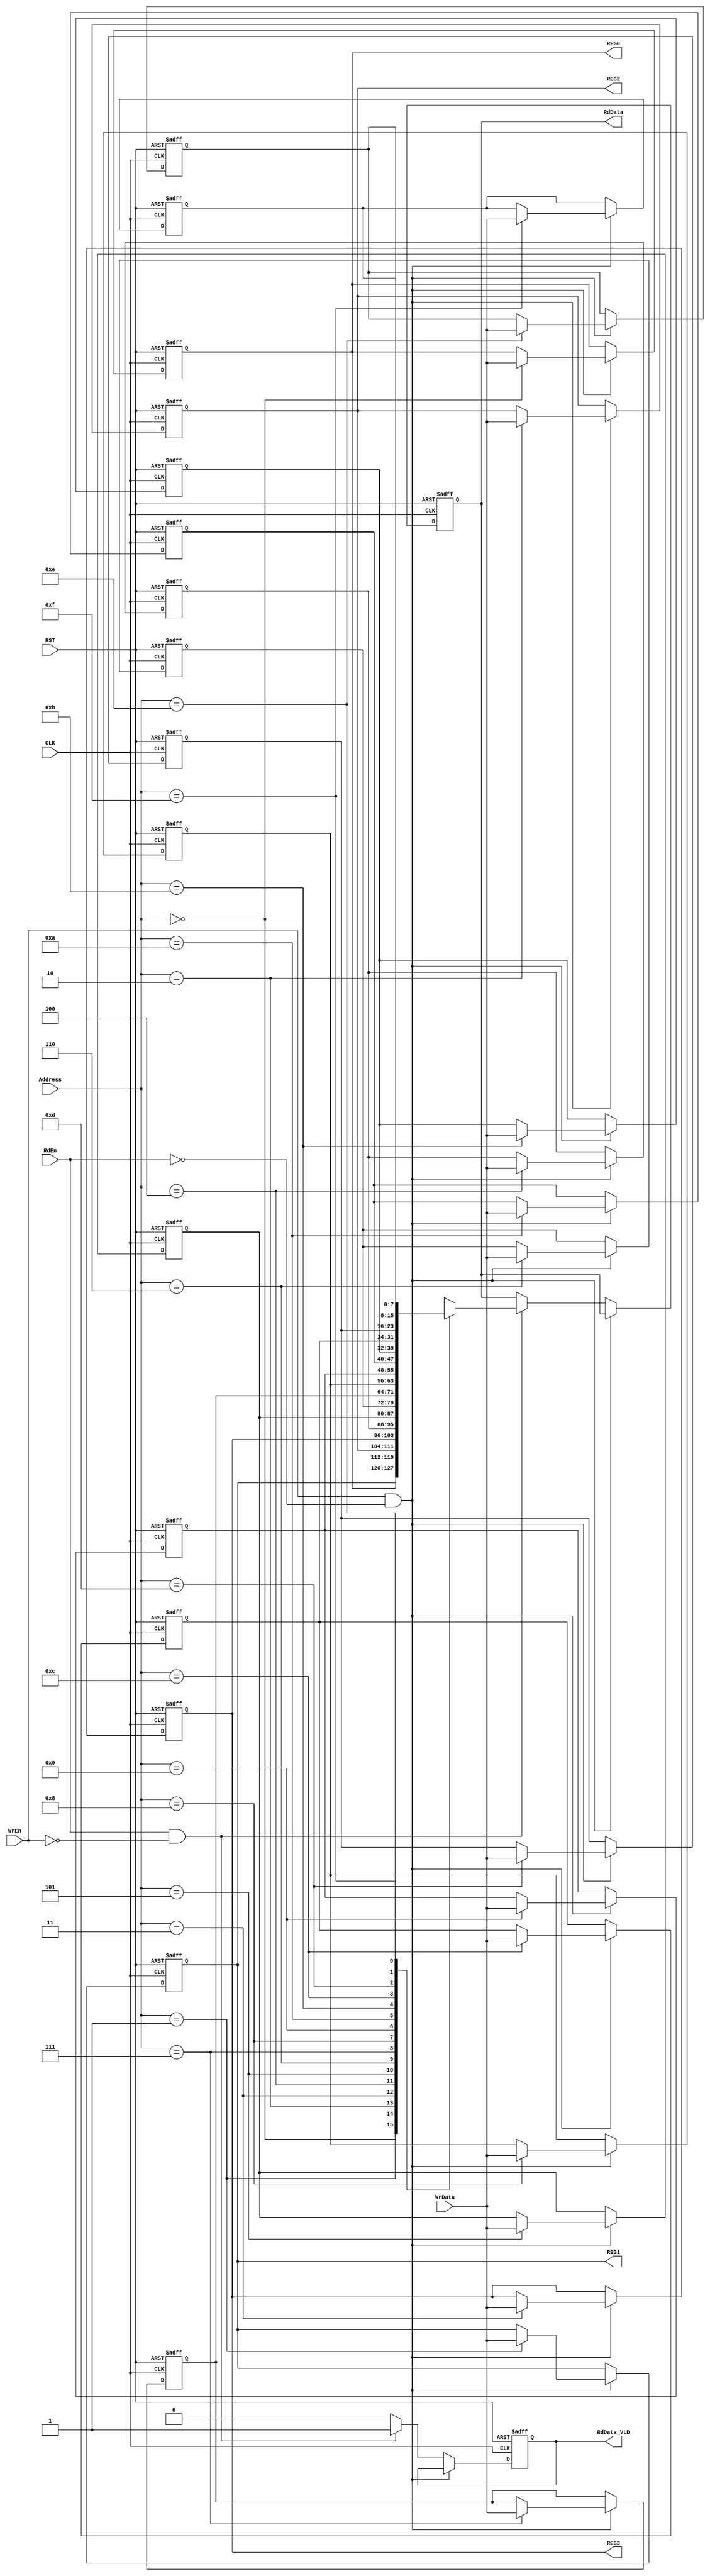
`timescale 1ns / 1ps

//////////////////////////////////////////////////////////////////////////////////
// Diploma: By Eng. Ali Mohamed Eltemsah
// Design Name: DigIC_Dip08_09_RegFile
// Module Name: RegFile
// Project Name: Register File
//////////////////////////////////////////////////////////////////////////////////


module RegFile #(parameter WIDTH = 8, DEPTH = 16, ADDR = $clog2(DEPTH))
(
    input    wire                       CLK,
    input    wire                       RST,
    input    wire                       WrEn,
    input    wire                       RdEn,
    input    wire   [ADDR  - 1 : 0]     Address,
    input    wire   [WIDTH - 1 : 0]     WrData,
    output   reg    [WIDTH - 1 : 0]     RdData,
    output   reg                        RdData_VLD,
    output   wire   [WIDTH - 1 : 0]     REG0,
    output   wire   [WIDTH - 1 : 0]     REG1,
    output   wire   [WIDTH - 1 : 0]     REG2,
    output   wire   [WIDTH - 1 : 0]     REG3
);

integer i ; 
  
// register file of 8 registers each of 16 bits width
reg [WIDTH-1:0] regArr [DEPTH-1:0] ;    

always @(posedge CLK or negedge RST)
    begin
        if(!RST)  // Asynchronous active low reset 
            begin
                RdData_VLD <= 1'b0 ;
                RdData     <= 1'b0 ;
                for (i = 0; i < DEPTH; i = i + 1)
                    begin
                        if(i==2)
                            regArr[i] <= 'b100000_01 ;
                        else if (i==3) 
                            regArr[i] <= 'b0010_0000 ;
                        else
                            regArr[i] <= 'b0 ;		 
                    end
            end
        else if (WrEn && !RdEn) // Register Write Operation
            begin
                regArr[Address] <= WrData ;
            end
        else if (RdEn && !WrEn) // Register Read Operation
            begin    
                RdData <= regArr[Address] ;
                RdData_VLD <= 1'b1 ;
            end  
        else
            begin
                RdData_VLD <= 1'b0 ;
            end	 
    end

assign REG0 = regArr[0] ;
assign REG1 = regArr[1] ;
assign REG2 = regArr[2] ;
assign REG3 = regArr[3] ;


endmodule